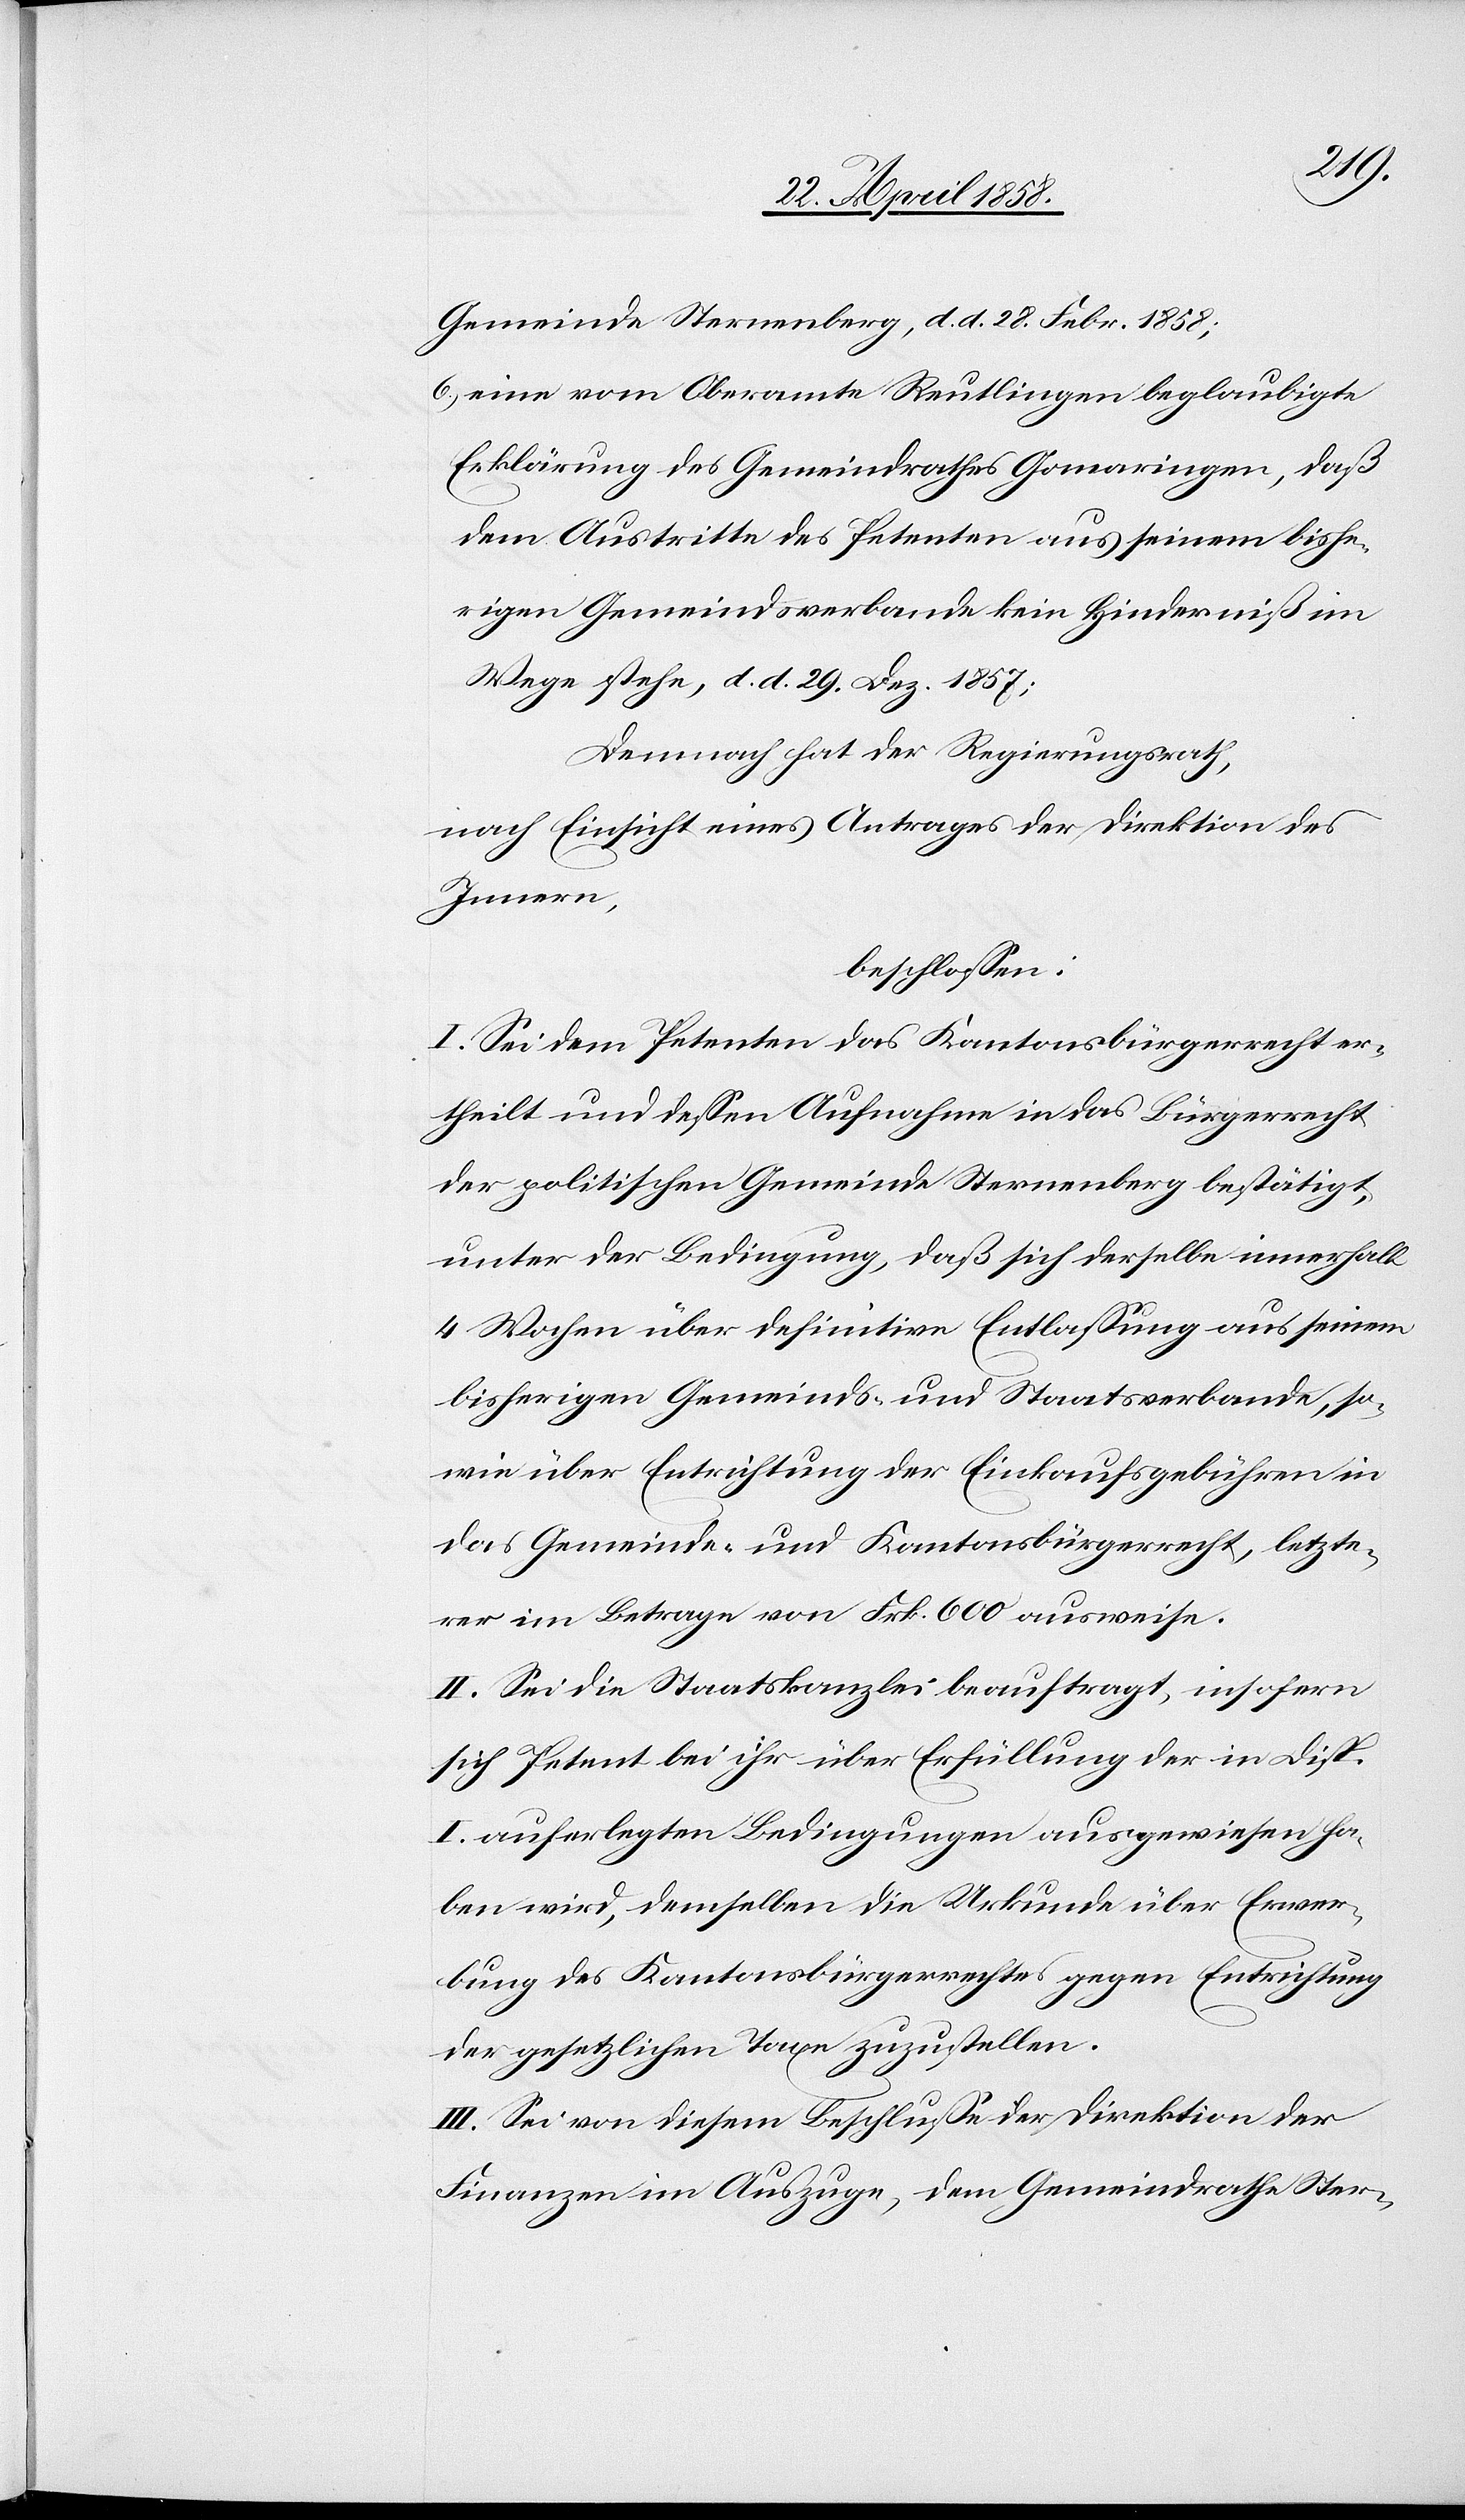
Gemeinde Sternenberg, d. d. 28. Febr. 1858;
6) eine vom Oberamte Reutlingen beglaubigte
Erklärung des Gemeindrathes Gomaringen, daß
dem Austritte des Petenten aus seinem bishe¬
rigen Gemeindsverbande kein Hinderniß im
Wege stehe, d. d. 29. Dez. 1857;
Demnach hat der Regierungsrath,
nach Einsicht eines Antrages der Direktion des
Innern,
beschlossen:
I. Sei dem Petenten das Kantonsbürgerrecht er¬
theilt und dessen Aufnahme in das Bürgerrecht
der politischen Gemeinde Sternenberg bestätigt,
unter der Bedingung, daß sich derselbe innerhalb
4 Wochen über definitive Entlassung aus seinem
bisherigen Gemeinds- und Staatsverbande, so¬
wie über Entrichtung der Einkaufsgebühren in
das Gemeinde- und Kantonsbürgerrecht, letzte¬
rer im Betrage von Frk. 600 ausweise.
II. Sei die Staatskanzlei beauftragt, insofern
sich Petent bei ihr über Erfüllung der in Disp.
I auferlegten Bedingungen ausgewiesen ha¬
ben wird, demselben die Urkunde über Erwer¬
bung des Kantonsbürgerrechtes gegen Entrichtung
der gesetzlichen Taxe zuzustellen.
III. Sei von diesem Beschluße der Direktion der
Finanzen im Auszuge, dem Gemeindrathe Ster-